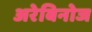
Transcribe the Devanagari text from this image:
अरेबिनोज